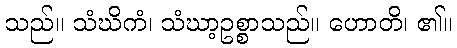
သည်။ သံဃိကံ၊ သံဃာ့ဥစ္စာသည်။ ဟောတိ၊ ၏။